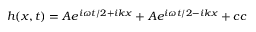
h ( x , t ) = A e ^ { i \omega t / 2 + i k x } + A e ^ { i \omega t / 2 - i k x } + c c